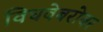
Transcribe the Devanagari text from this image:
विधवेबरोबर